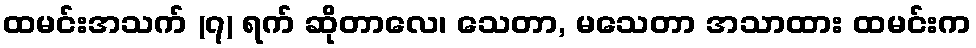
ထမင်းအသက် (၇) ရက် ဆိုတာလေ၊ သေတာ, မသေတာ အသာထား ထမင်းက